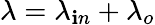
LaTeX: \lambda=\lambda_{\mathbf{i}n}+\lambda_{o}